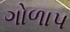
ગોળાપ